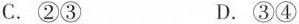
C.②③ D.③④